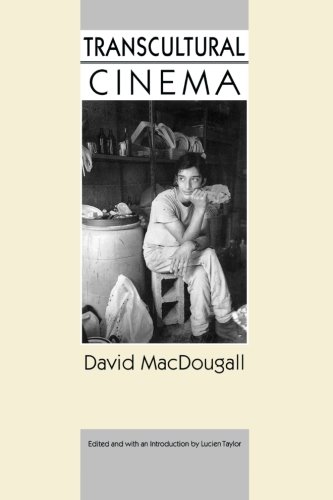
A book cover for Transcultural Cinema; David MacDougall; Humor & Entertainment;